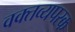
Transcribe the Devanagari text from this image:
वक्तव्यपरक